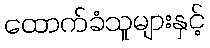
ထောက်ခံသူများနှင့်